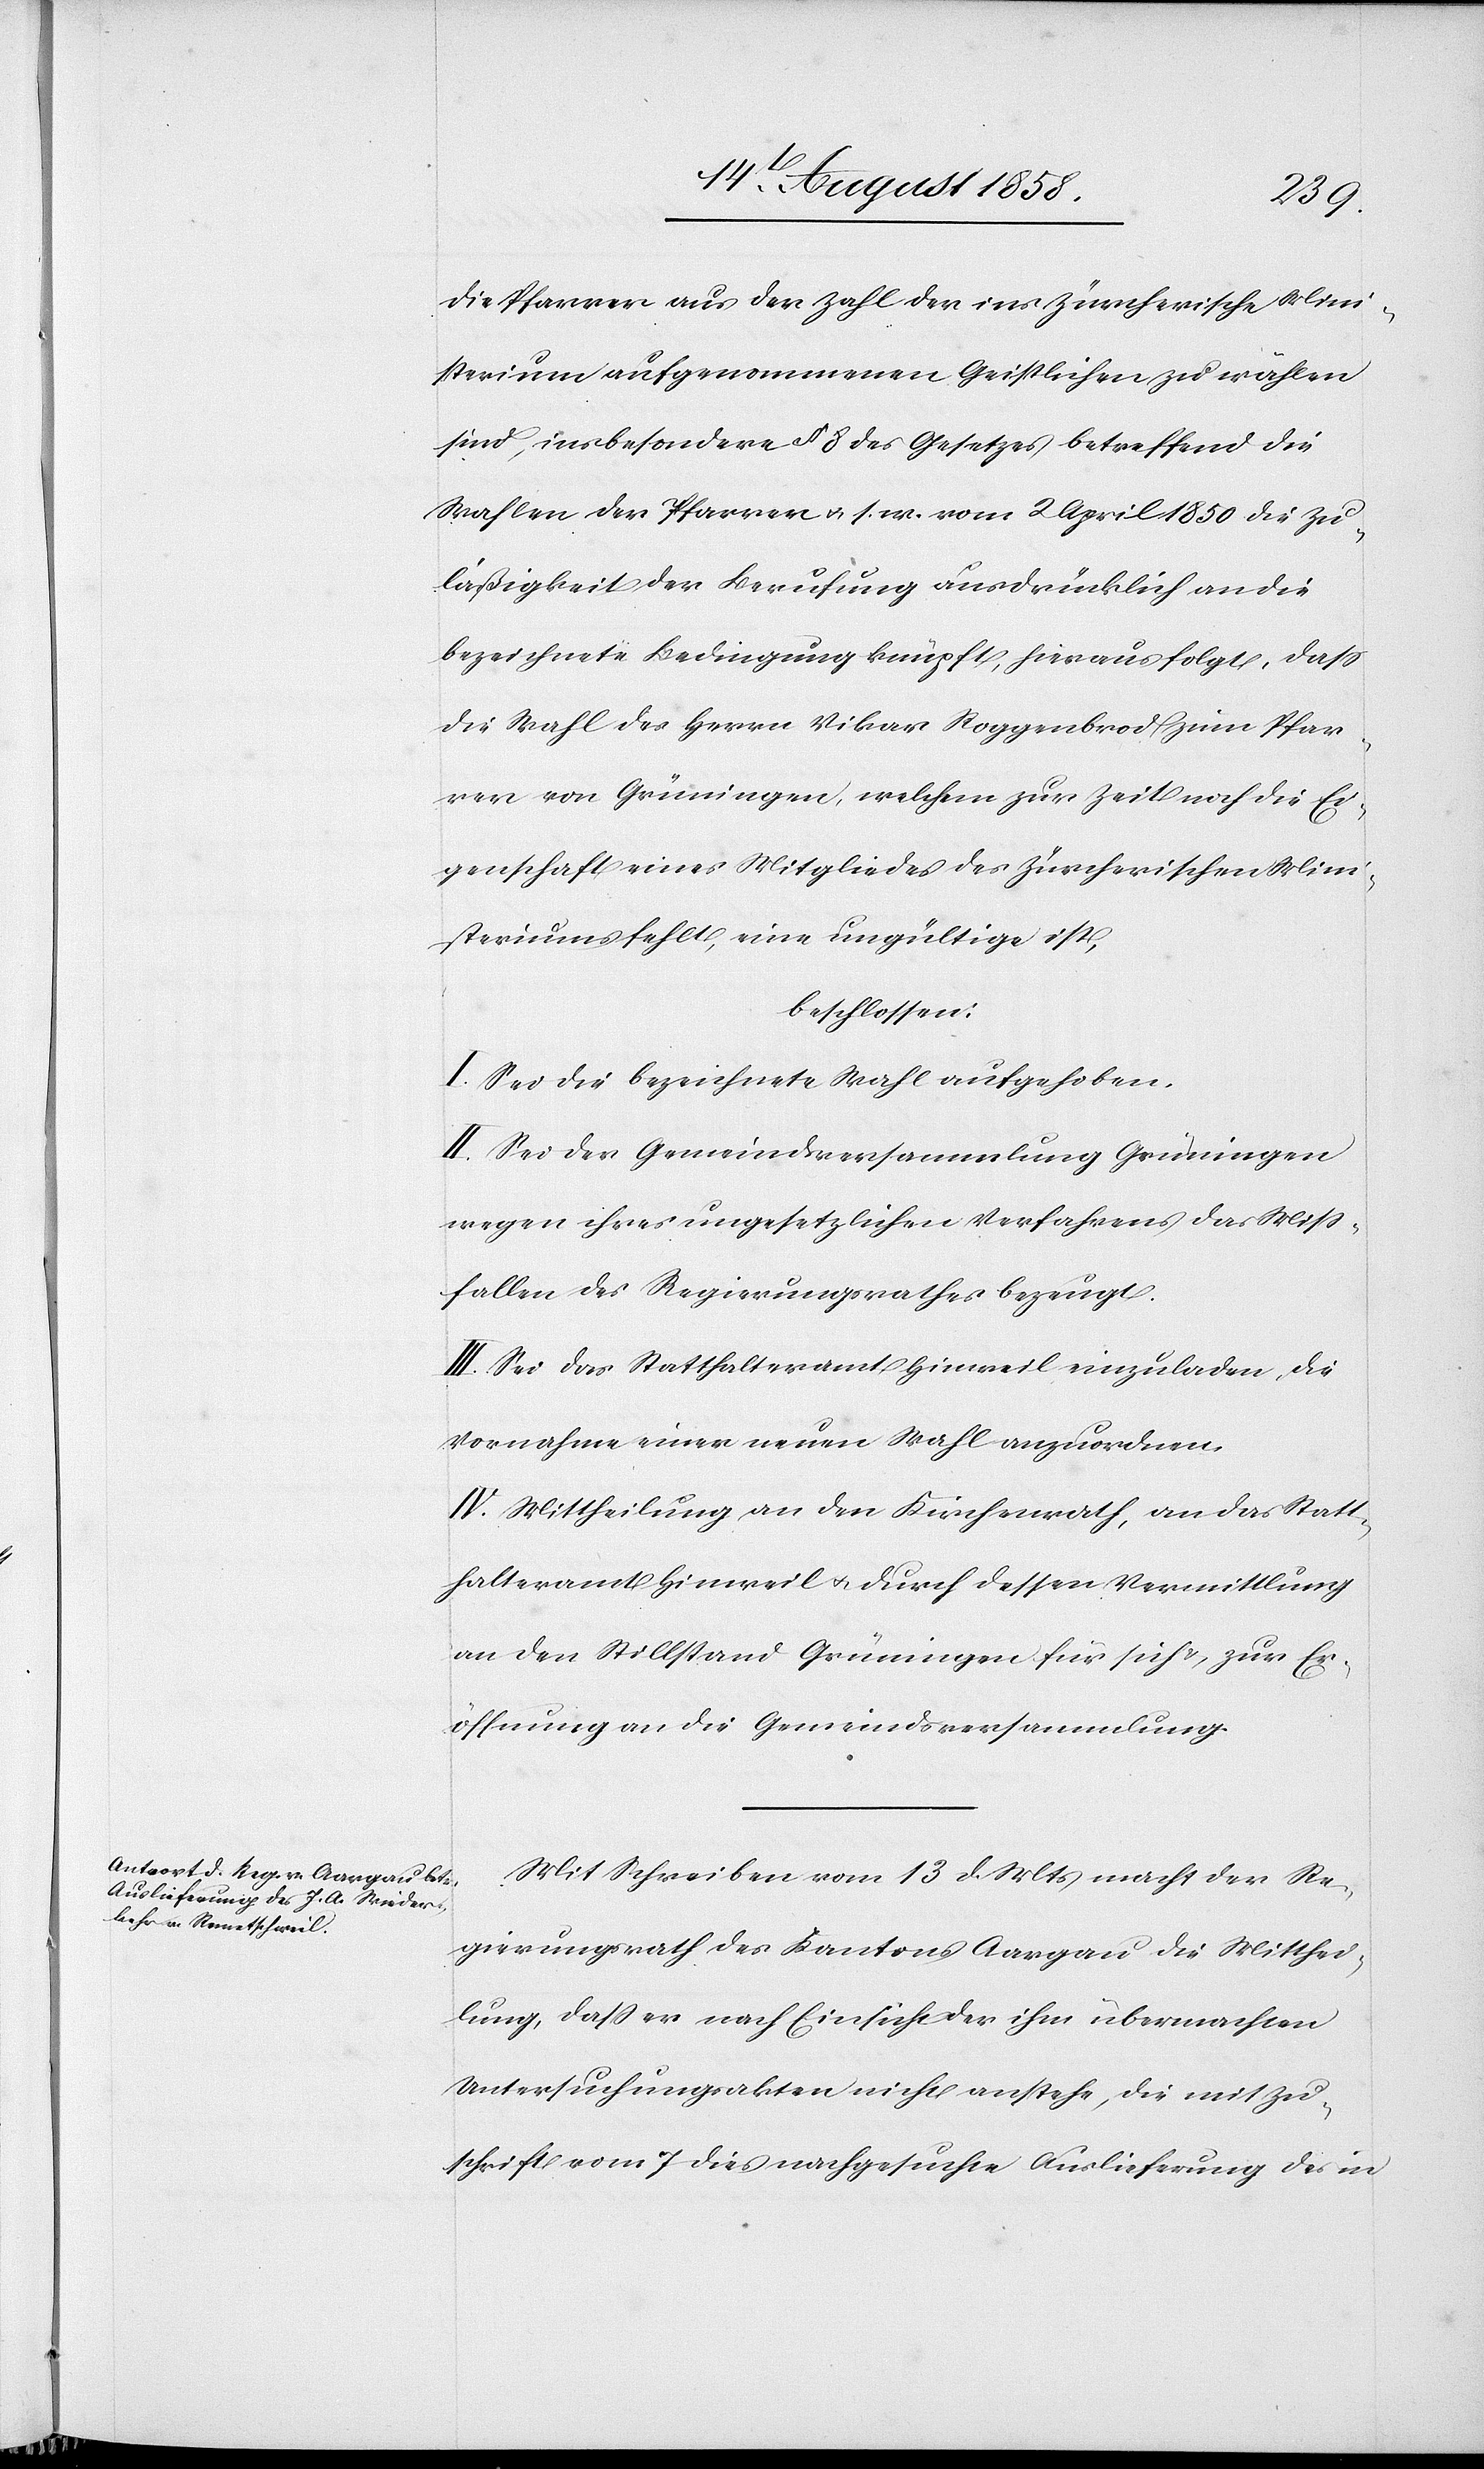
die Pfarrer aus der Zahl der ins Zürcherische Mini¬
sterium aufgenommenen Geistlichen zu wählen
sind, insbesondere § 8 des Gesetzes betreffend die
Wahlen der Pfarrer & s. w. vom 2 April 1850 die Zu¬
läßigkeit der Berufung ausdrücklich an die
bezeichnete Bedingung knüpft, hieraus folgt, dass
die Wahl des Herrn Vikar Roggenbrod zum Pfar¬
rer von Grüningen, welchem zur Zeit noch die Ei¬
genschaft eines Mitgliedes des Zürcherischen Mini¬
steriums fehlt, eine ungültige ist,
beschlossen:
I. Sei die bezeichnete Wahl aufgehoben.
II. Sei der Gemeindsversammlung Grüningen
wegen ihres ungesetzlichen Verfahrens das Miss¬
fallen des Regierungsrathes bezeugt.
III. Sei das Statthalteramt Hinweil einzuladen, die
Vornahme einer neuen Wahl anzuordnen.
IV. Mittheilung an den Kirchenrath, an das Statt¬
halteramt Hinweil & durch dessen Vermittlung
an den Stillstand Grüningen für sich & zur Er¬
öffnung an die Gemeindsversammlung.
Mit Schreiben vom 13 d. Mts macht der Re¬
gierungsrath des Kantons Aargau die Mitthei¬
lung, dass er nach Einsicht der ihm übermachten
Untersuchungsakten nicht anstehe, die mit Zu¬
schrift vom 7 dies nachgesuchte Auslieferung des in